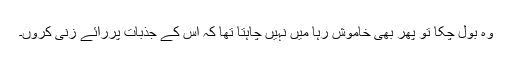
وہ بول چکا تو پھر بھی خاموش رہا میں نہیں چاہتا تھا کہ اس کے جذبات پررائے زنی کروں۔